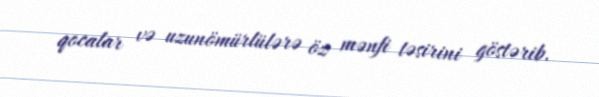
qocalar və uzunömürlülərə öz mənfi təsirini göstərib.